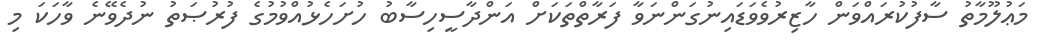
މަޢުލޫމާތު ސާފުކުރައްވަން ހާޒިރުވެވަޑައިނުގަންނަވާ ފަރާތްތަކަށް އަންދާސީހިސާބު ހުށަހެޅުއްވުމުގެ ފުރުޞަތު ނުދެވޭނެ ވާހަކަ މި